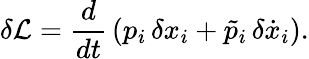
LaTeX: \delta{\cal L}=\frac{d}{dt}\, (p_{i}\, \delta x_{i}+\tilde{p}_{i}\, \delta\dot{x}_{i}).